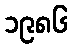
၁၉၈၆